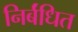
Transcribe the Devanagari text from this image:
निर्बंधित